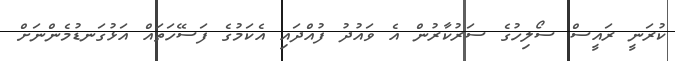
ކުރަނީ ރައީސް ސޯލިހުގެ ސަރުކާރުން އެ ވައުދު ފުއްދައި އެކަމުގެ ފަސޭހަތައް އަޅުގަނޑުމެންނަށް